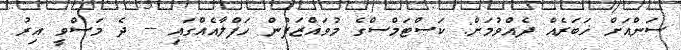
ސަންއަށް ޚަބަރެއް ދެއްވުމަށް: ކަސްޓަމްސްގެ މުވައްޒަފުން ހަފްލާއެއްގައި -- ދެ މަސްވީ އިރު